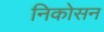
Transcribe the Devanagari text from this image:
निकोसन